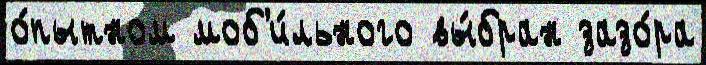
о́пытном моб'и́льного вы́бран зазо́ра